Civil Veterinary Department. United Provinces 1923-31 - 1923-1931
Year: 1923
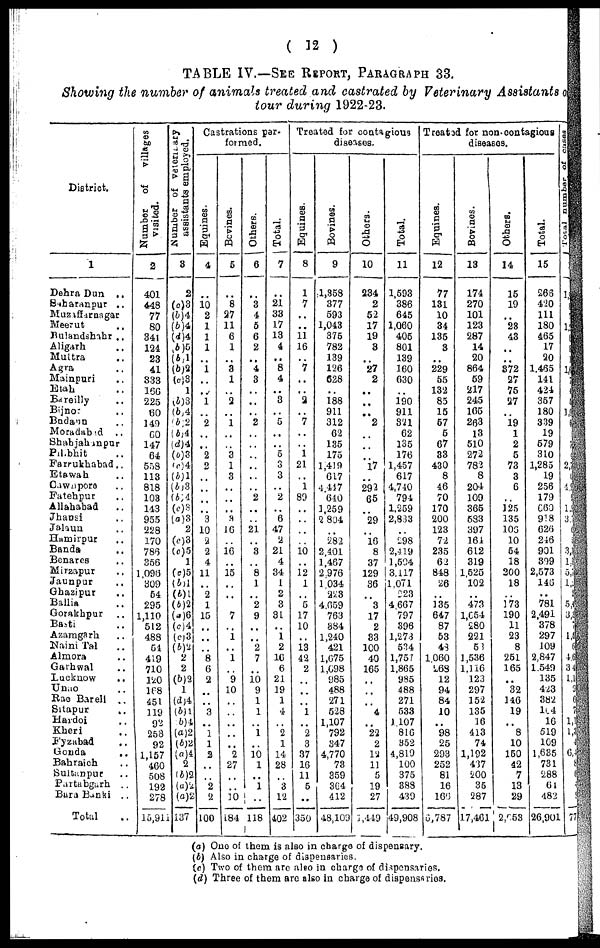
( 12 )
TABLE IV.—SEE REPORT, PARAGRAPH 33.
Showing the number of animals treated and castrated by Veterinary Assistants
tour during 1922-23.
District.
1
Dehra Dun ..
Saharanpur ..
Muzaffarnagar
Meerut ..
Bulandshahr ..
Aligarh ..
Muttra ..
Agra
Mainpuri
Etah ..
Bareilly ..
Bijnor ..
Budann ..
Morabadad ..
Shahjahanpur
Pilibhit ..
Farrukhabad ..
Etawah ..
Cawnpore ..
Fatehpur ..
Allahabad
Jhansi
Jalaun ..
Hamirpur ..
Bands ..
Benares
Mirzapur ..
Jaunpur ..
Ghazipur ..
Ballia ..
Gorakhpur ..
Basti
Azamgarh ..
Naini Tal ..
Almora ..
Garhwal ..
Luckaow ..
Unao ..
Rae Bareli ..
Sitapur ..
Hardoi
Kheri ..
Fyzabad ..
Gonda ..
Bahraich ..
Sultanpur ..
Partabgarh ..
Bara Banki ..
Total ..
Number of villages
visited.
2
401
448
77
80
344
124
23
41
333
166
225
60
149
60
147
64
558
113
818
103
143
955
228
170
786
356
1,096
309
54
295
1,110
512
488
54
419
710
120
168
451
119
92
258
92
1,157
460
508
192
278
15,911
Number of veterinary
assistants employed.
3
2
(c)3
(b)4
(6)4
(d)4
(b)5
(b) 1
(b)2
(c)3
1
(b)3
(b)4
(b)2
(b)4
(d)4
(b)3
(c)4
(6)1
(6)3
(b) 4
(c)3
(a)3
2
(c)3
(c)5
1
(c)5
(6)1
(b)1
(6)2
(a)6
(c)4
(c) 3
(6)2
2
2
(b)2
1
(d)4
(b)4
(b)4
(a)2
(b)2
(a)4
2
(b)2
(a)2
(a)2
137
Castrations par-
formed.
Equines-
4
..
10
2
1
1
1
..
1
..
..
1
..
2
..
..
2
2
..
..
..
..
3
10
2
2
4
11
..
2
1
15
..
..
..
8
6
2
..
..
3
..
1
1
2
..
..
2
2
100
Bovines.
5
..
8
27
11
6
1
..
3
1
..
2
..
1
..
..
3
1
3
..
..
..
3
16
..
16
..
15
..
..
..
7
..
1
..
1
..
9
10
..
..
..
..
..
2
27
..
..
10
184
Others.
6
..
3
4
5
6
2
..
4
3
..
..
..
2
..
..
..
..
..
..
2
..
..
21
..
3
..
8
1
..
2
9
..
..
2
7
..
10 9
1
1
..
1
10 1
..
1
..
118
Total.
7
..
21
33
17
13
4
..
8
4
..
3
..
5
..
..
5
3
3
..
2
..
6
47
2
21
4
34
1
2
3
31
..
1
2
16
6
21
19
1
4
..
2
1
14
28
..
3
12
402
Treated for contagious
diseases.
Equines.
8
1
7
..
..
11
16
..
7
..
..
2
..
7
..
..
1
21
..
1
89
..
..
..
..
10 ..
12
1
..
5
17
10
..
13
42
2
..
..
..
1
..
2
3
37
16
11 5
..
350
Bovines.
9
1,358
377
593
1,043
375
782
139
126
628
..
188
911
312
62
135
175
1,419
617
4.417
640
1,259
2 804
..
282
2,401
1,467
2,976
1,034
223
4,659
763
884
1,240
421
1,675
1,698
985
488
271
528
1,107
792
347
4,770
73
359
364
412
48,109
Others.
10
234
2
52
17
19
3
..
27
2
..
..
..
2
..
..
..
17
..
292
65
..
29
..
16 8
37
129
36
..
3
17
2
33
100
40
165
..
..
..
4
..
22
2
12
11
5
19
27
1,449
Total.
11
1,593
386
645
1,060
405
801
139
160
630
..
190
911
321
62
135
176
1,457
617
4,740
794
1,259
2,833
..
298
2,419
1,504
3,117
1,071
223
4,667
797
396
1,273
534
1,757
1,865
985
488
271
533
1,107
816
352
4,819
100
375
388
439
49,908
Treated for non-contagious
diseases.
Equines.
12
77
131
10
34
135
3
..
229
55
132
85
15
57
5
67
33
430
8
46
70
170
200
123
72
235
62
848
26
..
135
647
87
53
48
1,060
268
12
94
84
10
..
98
25
293
252
81
16
166
6,787
Bovines.
13
174
270
101
123
287
14
20
864
59
217
245
165
263
13
510
272
782
8
204
109
365
583
397
164
612
319
1,525
102
..
473
1,654
280
221
53
1,536
1,116
123
297
152
135
16
413
74
1,192
437
200
35
287
17,461
Others.
14
15
19
..
23
43
..
..
372
27
75
27
..
19
1
2
5
73
3
6
..
125
135
106
10
54
18
200
18
..
173
190
11
23
8
251
165
..
32
146
19
..
8
10
150
42
7
13
29
2,653
Total.
15
266
420
111
180
465
17
20
1,465
141
424
357
180
339
19
579
310
1,285
19
256
179
660
918
626
246
901
399
2,573
146
..
781
2,491
378
297
109
2.847
1,549
135
423
382
164
16
519
109
1,635
731
288
64
482
26,901
Total number of cases
1
1
2
4
1
3
3
1
5
1
5
3
1
4
3
1
1
1
6
77
(a) One of them is also in charge of dispensary.
(b) Also in charge of dispensaries.
(c) Two of them are also in charge of dispensaries.
(d) Three of them are also in charge of dispensaries.